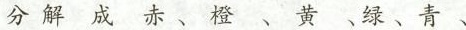
分解成赤、橙、黄、绿、青、